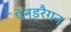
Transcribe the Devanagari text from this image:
पेनड्रैगन